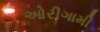
ઓરીગામી